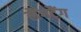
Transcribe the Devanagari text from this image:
लैंगटैंग